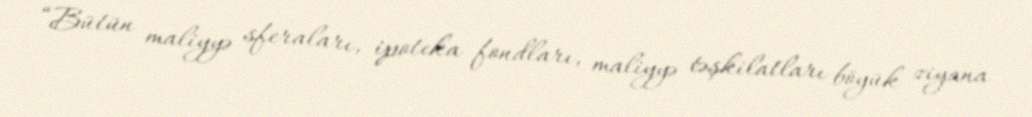
“Bütün maliyyə sferaları, ipoteka fondları, maliyyə təşkilatları böyük ziyana